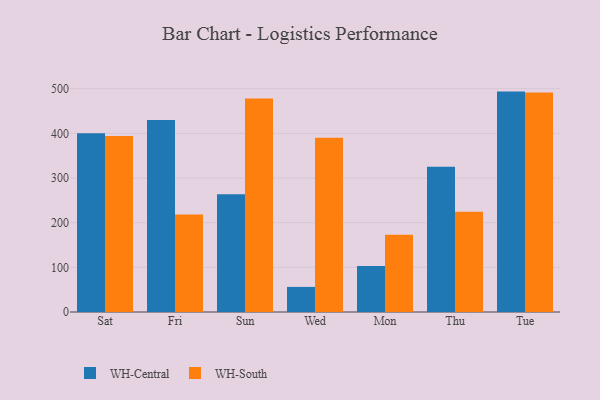
{"axis": {"x": "Day", "y": "Page Views"}, "legend": ["WH-Central", "WH-South"], "data": [{"x": "Sat", "y": 400.3, "type": "WH-Central"}, {"x": "Sat", "y": 394.0, "type": "WH-South"}, {"x": "Fri", "y": 429.8, "type": "WH-Central"}, {"x": "Fri", "y": 218.2, "type": "WH-South"}, {"x": "Sun", "y": 263.7, "type": "WH-Central"}, {"x": "Sun", "y": 477.9, "type": "WH-South"}, {"x": "Wed", "y": 56.2, "type": "WH-Central"}, {"x": "Wed", "y": 389.9, "type": "WH-South"}, {"x": "Mon", "y": 103.0, "type": "WH-Central"}, {"x": "Mon", "y": 173.0, "type": "WH-South"}, {"x": "Thu", "y": 325.1, "type": "WH-Central"}, {"x": "Thu", "y": 224.5, "type": "WH-South"}, {"x": "Tue", "y": 493.4, "type": "WH-Central"}, {"x": "Tue", "y": 491.2, "type": "WH-South"}]}